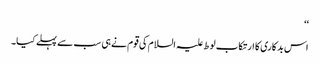
‘‘
اس بدکاری کا ارتکاب لوط علیہ السلام کی قوم نے ہی سب سے پہلے کیا۔